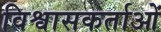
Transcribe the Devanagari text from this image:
विश्वासकर्ताओं